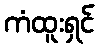
ကံထူးရှင်